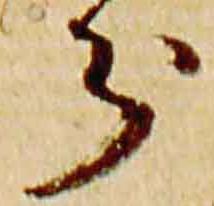
分